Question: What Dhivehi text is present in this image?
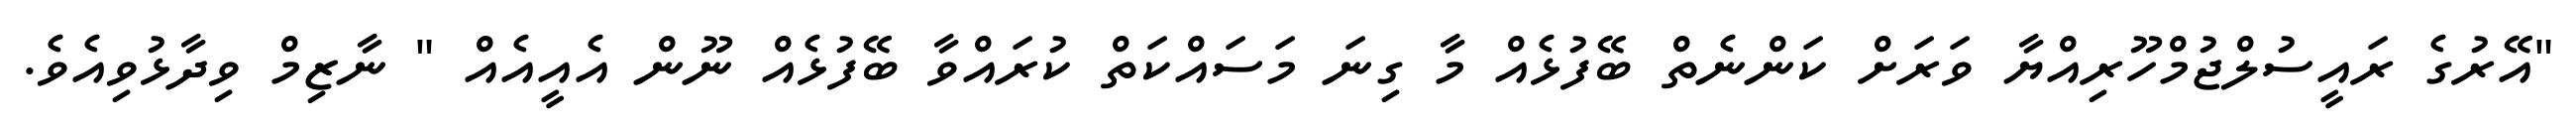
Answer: "އޭރުގެ ރައީސުލްޖުމްހޫރިއްޔާ ވަރަށް ކަންނެތް ބޭފުޅެއް މާ ގިނަ މަސައްކަތް ކުރައްވާ ބޭފުޅެއް ނޫން އެއީއެއް " ނާޒިމް ވިދާޅުވިއެވެ.